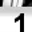
Digit: 1